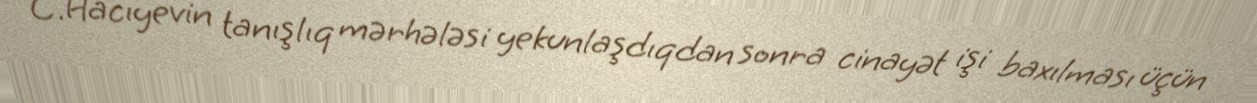
C.Hacıyevin tanışlıq mərhələsi yekunlaşdıqdan sonra cinayət işi baxılması üçün